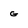
Character: G